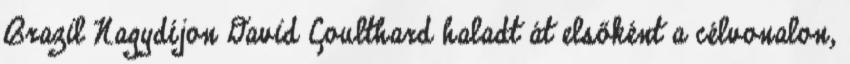
Brazil Nagydíjon David Coulthard haladt át elsőként a célvonalon,